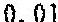
0.01